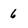
Character: 6